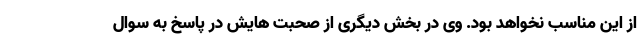
از این مناسب نخواهد بود. وی در بخش دیگری از صحبت هایش در پاسخ به سوال